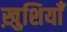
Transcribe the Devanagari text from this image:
ख़ुशियाँ